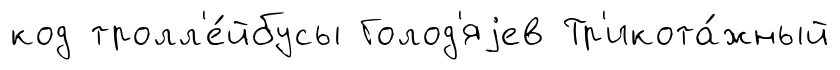
код тролл'е́йбусы Голод'яjев Тр'икота́жный